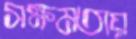
সক্ষমতায়